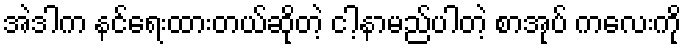
အဲဒါက နင်ရေးထားတယ်ဆိုတဲ့ ငါ့နာမည်ပါတဲ့ စာအုပ် ကလေးကို